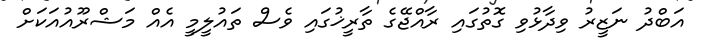
އަބްދު ނަޒީރު ވިދާޅުވި ގޮތުގައި ރާއްޖޭގެ ތާރީޚުގައި ވެސް ތައުލީމީ އެއް މަޝްރޫއުއަކަށް